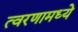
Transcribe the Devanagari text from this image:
त्वरणामध्ये